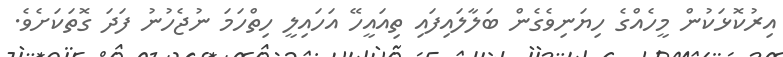
އިރުކޮޅަކުން މީހެއްގެ ހިޔަނިވެގެން ބަލާލައިފައި ތިއައީހޭ އަހައިލީ ހިތްހަމަ ނުޖެހުނު ފަދަ ގޮތަކަށެވެ.